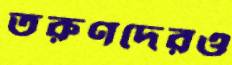
তরুণদেরও